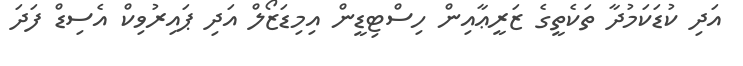
އަދި ކުޑަކަމުދާ ތަކެތީގެ ޒަރީޢާއިން ހިސްޓިޑީން އިމިޑަޒޯލް އަދި ޕައިރުވިކް އެސިޑް ފަދަ